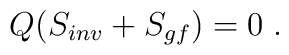
Q(S_{inv}+S_{gf})=0\;.